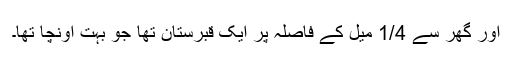
اور گھر سے 1/4 میل کے فاصلہ پر ایک قبرستان تھا جو بہت اونچا تھا۔